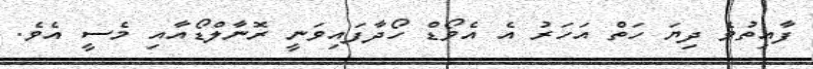
ފާއިތުވެ ދިޔަ ހަތް އަހަރު އެ އެވޯޑް ހޯދާފައިވަނީ ރޮނާލްޑޯއާއި މެސީ އެވެ.